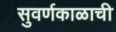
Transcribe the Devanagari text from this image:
सुवर्णकाळाची